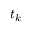
t _ { k }